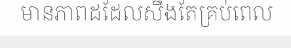
មានភាពដដែលសឹងតែគ្រប់ពេល